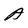
Character: A